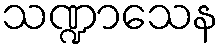
သဏ္ဍာသေန